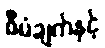
စီမံချက်နှင့်